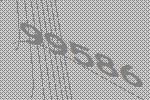
99586